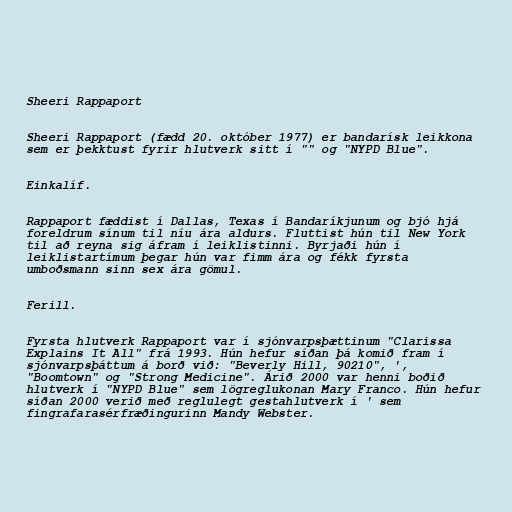
Sheeri Rappaport

Sheeri Rappaport (fædd 20. október 1977) er bandarísk leikkona
sem er þekktust fyrir hlutverk sitt í "" og "NYPD Blue".

Einkalíf.

Rappaport fæddist í Dallas, Texas í Bandaríkjunum og bjó hjá
foreldrum sínum til níu ára aldurs. Fluttist hún til New York
til að reyna sig áfram í leiklistinni. Byrjaði hún í
leiklistartímum þegar hún var fimm ára og fékk fyrsta
umboðsmann sinn sex ára gömul.

Ferill.

Fyrsta hlutverk Rappaport var í sjónvarpsþættinum "Clarissa
Explains It All" frá 1993. Hún hefur síðan þá komið fram í
sjónvarpsþáttum á borð við: "Beverly Hill, 90210", ',
"Boomtown" og "Strong Medicine". Árið 2000 var henni boðið
hlutverk í "NYPD Blue" sem lögreglukonan Mary Franco. Hún hefur
síðan 2000 verið með reglulegt gestahlutverk í ' sem
fingrafarasérfræðingurinn Mandy Webster.